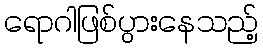
ရောဂါဖြစ်ပွားနေသည့်